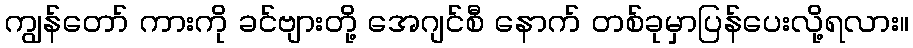
ကျွန်တော် ကားကို ခင်ဗျားတို့ အေဂျင်စီ နောက် တစ်ခုမှာပြန်ပေးလို့ရလား။